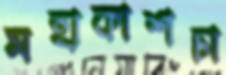
মহাকাশচা